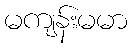
မကျန်းမမာ